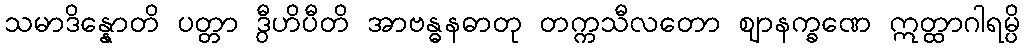
သမာဒိန္နောတိ ပတ္တာ ဒွီဟိပီတိ အာဗန္ဓနဓာတု တက္ကသီလတော ဈာနက္ခဏေ ဣတ္ထာဂါရမ္ပိ